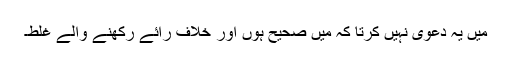
میں یہ دعویٰ نہیں کرتا کہ میں صحیح ہوں اور خلاف رائے رکھنے والے غلط۔